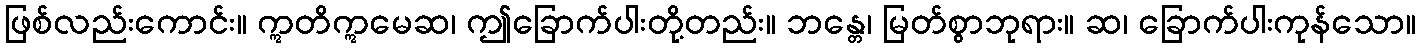
ဖြစ်လည်းကောင်း။ ဣတိဣမေဆ၊ ဤခြောက်ပါးတို့တည်း။ ဘန္တေ၊ မြတ်စွာဘုရား။ ဆ၊ ခြောက်ပါးကုန်သော။